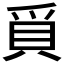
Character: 𭶰